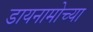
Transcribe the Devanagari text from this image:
डायनामोच्या